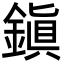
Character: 鎭